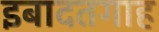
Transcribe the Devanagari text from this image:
इबादतगाह